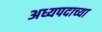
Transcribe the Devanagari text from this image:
अध्यपदाच्या